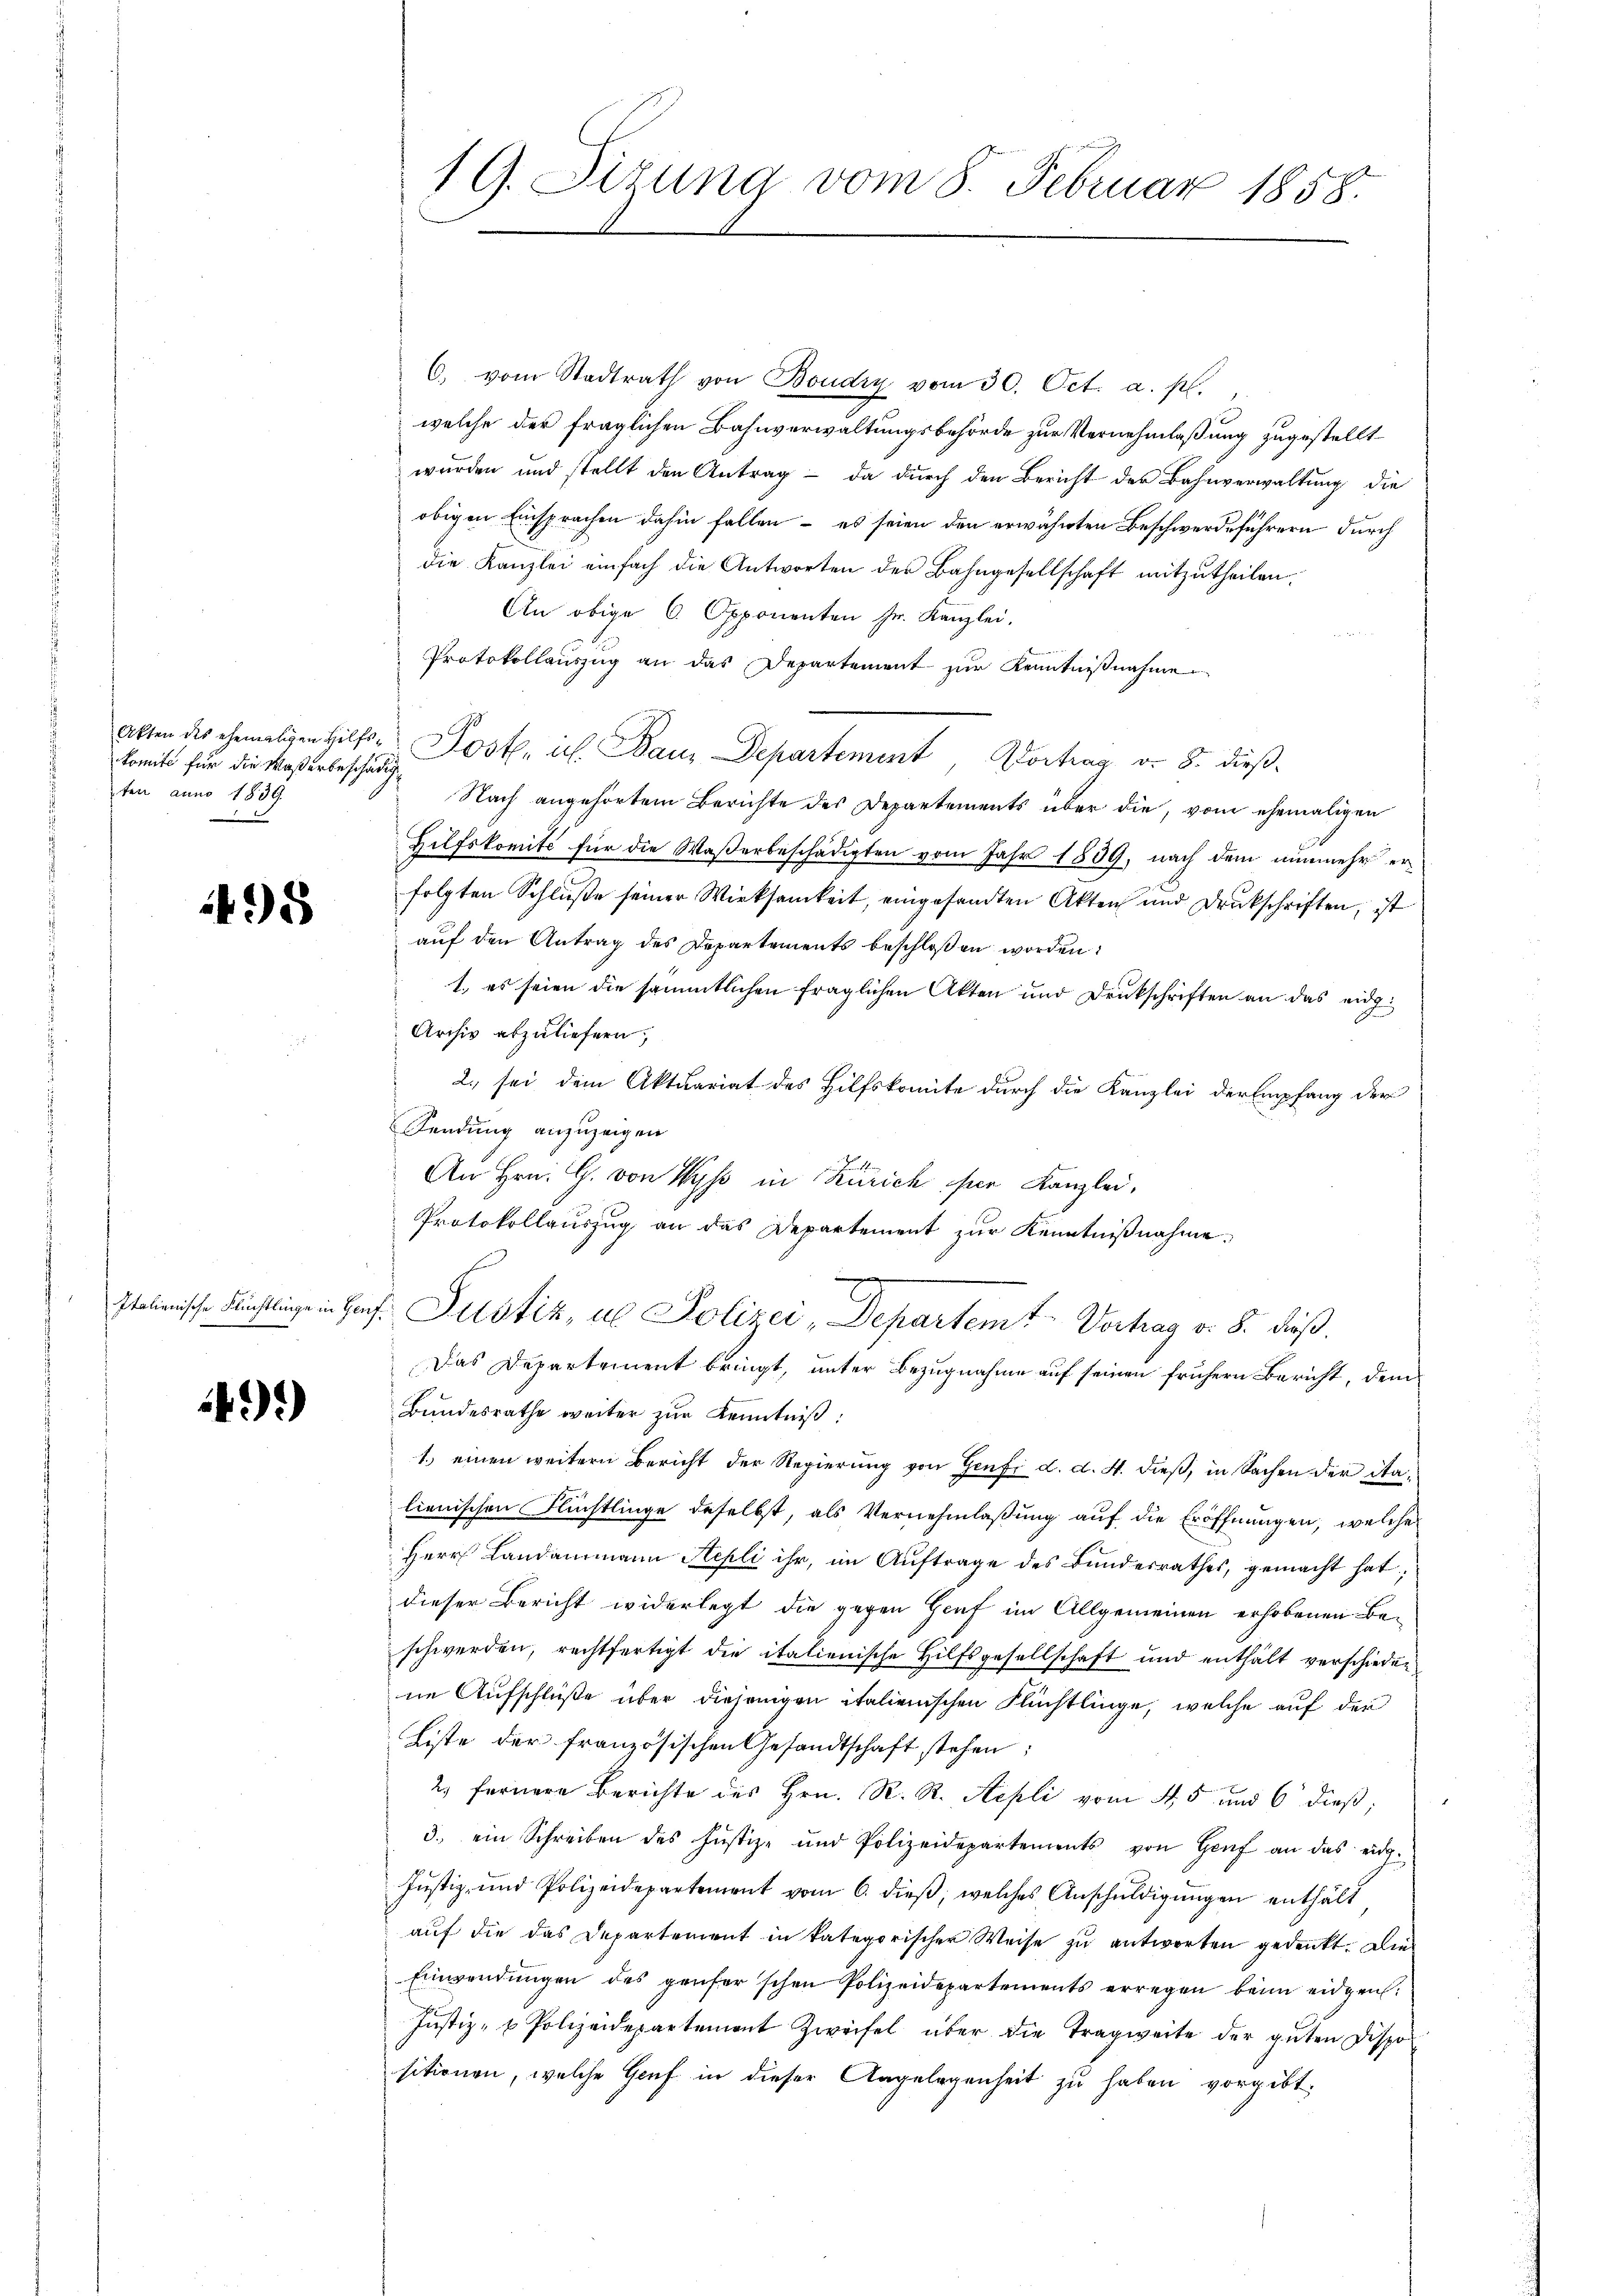
komite für die Waßerbeschädig
ten anno 1839.

498

)*)

19. Sizung vom 8. Februar 1858.

6. vom Stadtrath von Boudry vom 30. Oct. a. p.
welche der fraglichen Bahnverwaltungsbehörde zur Vernehmlaßung zugestellt
wurden und stellt den Antrag - da durch den Bericht der Bahnverwaltung die
obigen Einsprachen dahin fallen – es seien den erwähnten Beschwerdeführern durch
die Kanzlei einfach die Antworten des Bahngesellschaft mitzutheilen.
An obige 6. Opponenten Hr. Kanzlei,
Protokollauszug an das Departement zur Kenntnißnahme
Alten des ehemaligen Hilfs-Post, ich Bau, Departement, Dortrag v. 8. dieß¬
Nach angehörtem Berichte des Departements über die, vom ehemaligen
Hilfskomité für die Waßerbeschädigten vom Jahr 1839, nach dem nunmehr erfolgten Schluße seiner Wirksamkeit, eingesandten Akten und Druckschriften, ist
auf den Antrag des Departements beschloßen worden:
1. es seien die sämmtlichen fraglichen Akten und Druckschriften an das eidg.
Archiv abzuliefern,
2., sei dem Aktuariat des Hilfskomite durch die Kanzlei der Empfang der
Fendung anzuzeigen
An Hrn. G. von Wyss in Zürich per Kanzlei,
Protokollauszug an das Departement zur Kenntnißnahme,
  in Hans Justiz, als Polizei, Departemt Vertrag v. 8. daß
Das Departement bringt, unter Bezugnahme auf seinen frühern Bericht, dem
Bundesrathe weiter zur Kenntniß:
1.) einen weitern Bericht der Regierung von Genf d. d. 4. dieß, in Sachen der Stalienischen Flüchtlinge deselbst, als Vernehmlaßung auf die Eröffnungen, welche
Herr Landammann Repli ihr, im Auftrage des Bundesrathes, gemacht hat;
dieser Bericht widerlegt die gegen Graf im Allgemeinen erhobenen Beschwerden, rechtfertigt die italienische Hilfsgesellschaft und enthält verschieden
ne Aufschlüße über diejenigen italienischen Flüchtlinge, welche auf der
Liste der französischen Gesandtschaft stehen;
2) fernere Berichte des Hrn. R. R. Sepli vom 4. 5 und 6 dieß;
3. ein Schreiben des Justiz- und Polizeidepartements von Genf an das eidg.
Justiz- und Polizeidepartement vom 6. dieß, welches Anschuldigungen enthält
auf die das Departement in kategorischer Weise zu antworten gedenkt. Die
Einwendungen des genser'schen Polizeidepartements erregen beim eidgen.
Justiz- u Polizeidepartement Zweifel über die Tragweite der guten Dispos
sitionen, welche Genf in dieser Angelegenheit zu haben vorgibt.